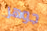
جوهر